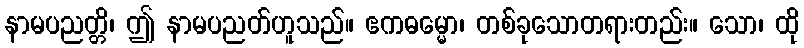
နာမပညတ္တိ၊ ဤ နာမပညတ်ဟူသည်။ ဧကဓမ္မော၊ တစ်ခုသောတရားတည်း။ သော၊ ထို